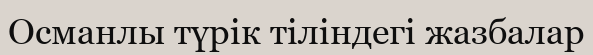
Османлы түрік тіліндегі жазбалар